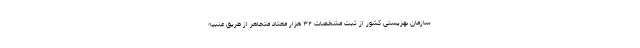
سازمان بهزیستی کشور از ثبت مشخصات ۳۲ هزار معتاد متجاهر از طریق عنبیه